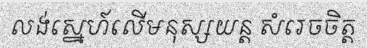
លង់ស្នេហ៍លើមនុស្សយន្ត សំរេចចិត្ត